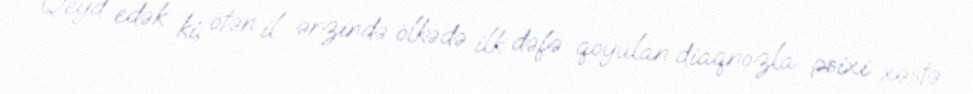
Qeyd edək ki, ötən il ərzində ölkədə ilk dəfə qoyulan diaqnozla psixi xəstə